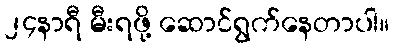
၂၄နာရီ မီးရဖို့ ဆောင်ရွက်နေတာပါ။